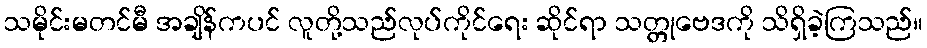
သမိုင်းမတင်မီ အချိန်ကပင် လူတို့သည်လုပ်ကိုင်ရေး ဆိုင်ရာ သတ္တုဗေဒကို သိရှိခဲ့ကြသည်။